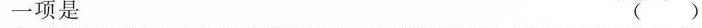
一项是 ()